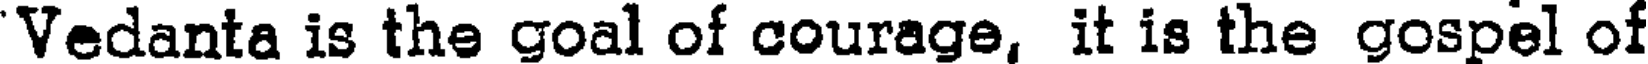
Vedanta is the goal of courage, it is the gospel of